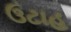
ઉટાહ